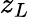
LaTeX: z_{L}